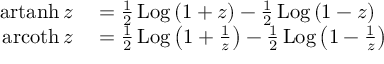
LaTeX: \begin{array} { r l } { \operatorname { a r t a n h } z } & { { } = { \frac { 1 } { 2 } } \operatorname { L o g } \left( { 1 + z } \right) - { \frac { 1 } { 2 } } \operatorname { L o g } \left( { 1 - z } \right) } \\ { \operatorname { a r c o t h } z } & { { } = { \frac { 1 } { 2 } } \operatorname { L o g } \left( { 1 + { \frac { 1 } { z } } } \right) - { \frac { 1 } { 2 } } \operatorname { L o g } \left( { 1 - { \frac { 1 } { z } } } \right) } \end{array}